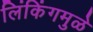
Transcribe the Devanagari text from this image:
लिंकिंगमुळे